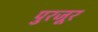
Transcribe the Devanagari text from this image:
पुरजूर